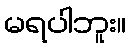
မရပါဘူး။